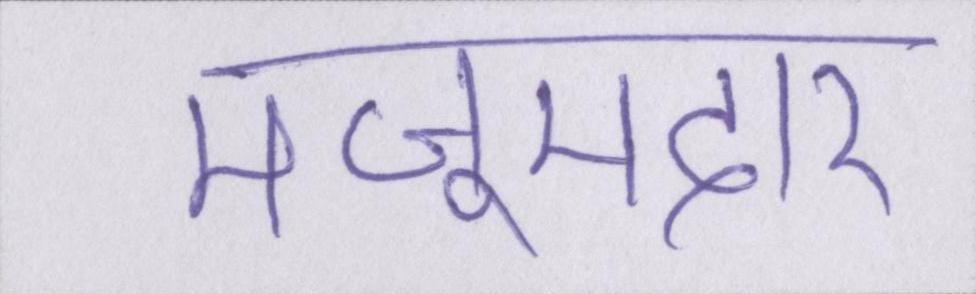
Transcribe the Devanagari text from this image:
मजूमदार